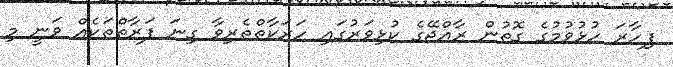
ފިހާރަ ހުޅުވުމުގެ ގޮތުން ރާއްޖޭގެ ކުޅިވަރުގައި ހަރަކާތްތެރިވާ ގިނަ ފަރާތްތަކެއް ވަނީ މި